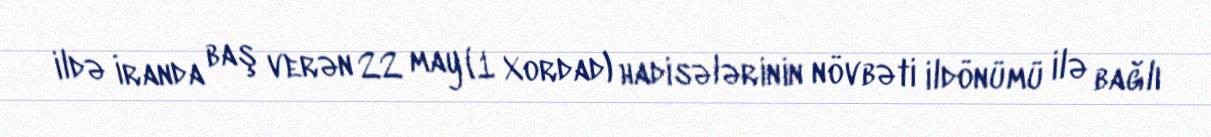
ildə İranda baş verən 22 may (1 Xordad) hadisələrinin növbəti ildönümü ilə bağlı